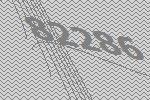
82286